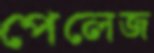
পেলেজ